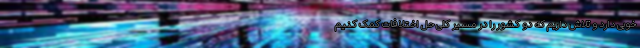
خوبی دارد و تلاش داریم که دو کشور را در مسیر کلی حل اختلافات کمک کنیم